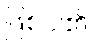
ဖြစ်ပါ၏။